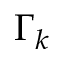
\Gamma _ { k }